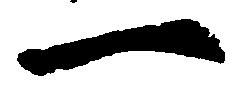
一